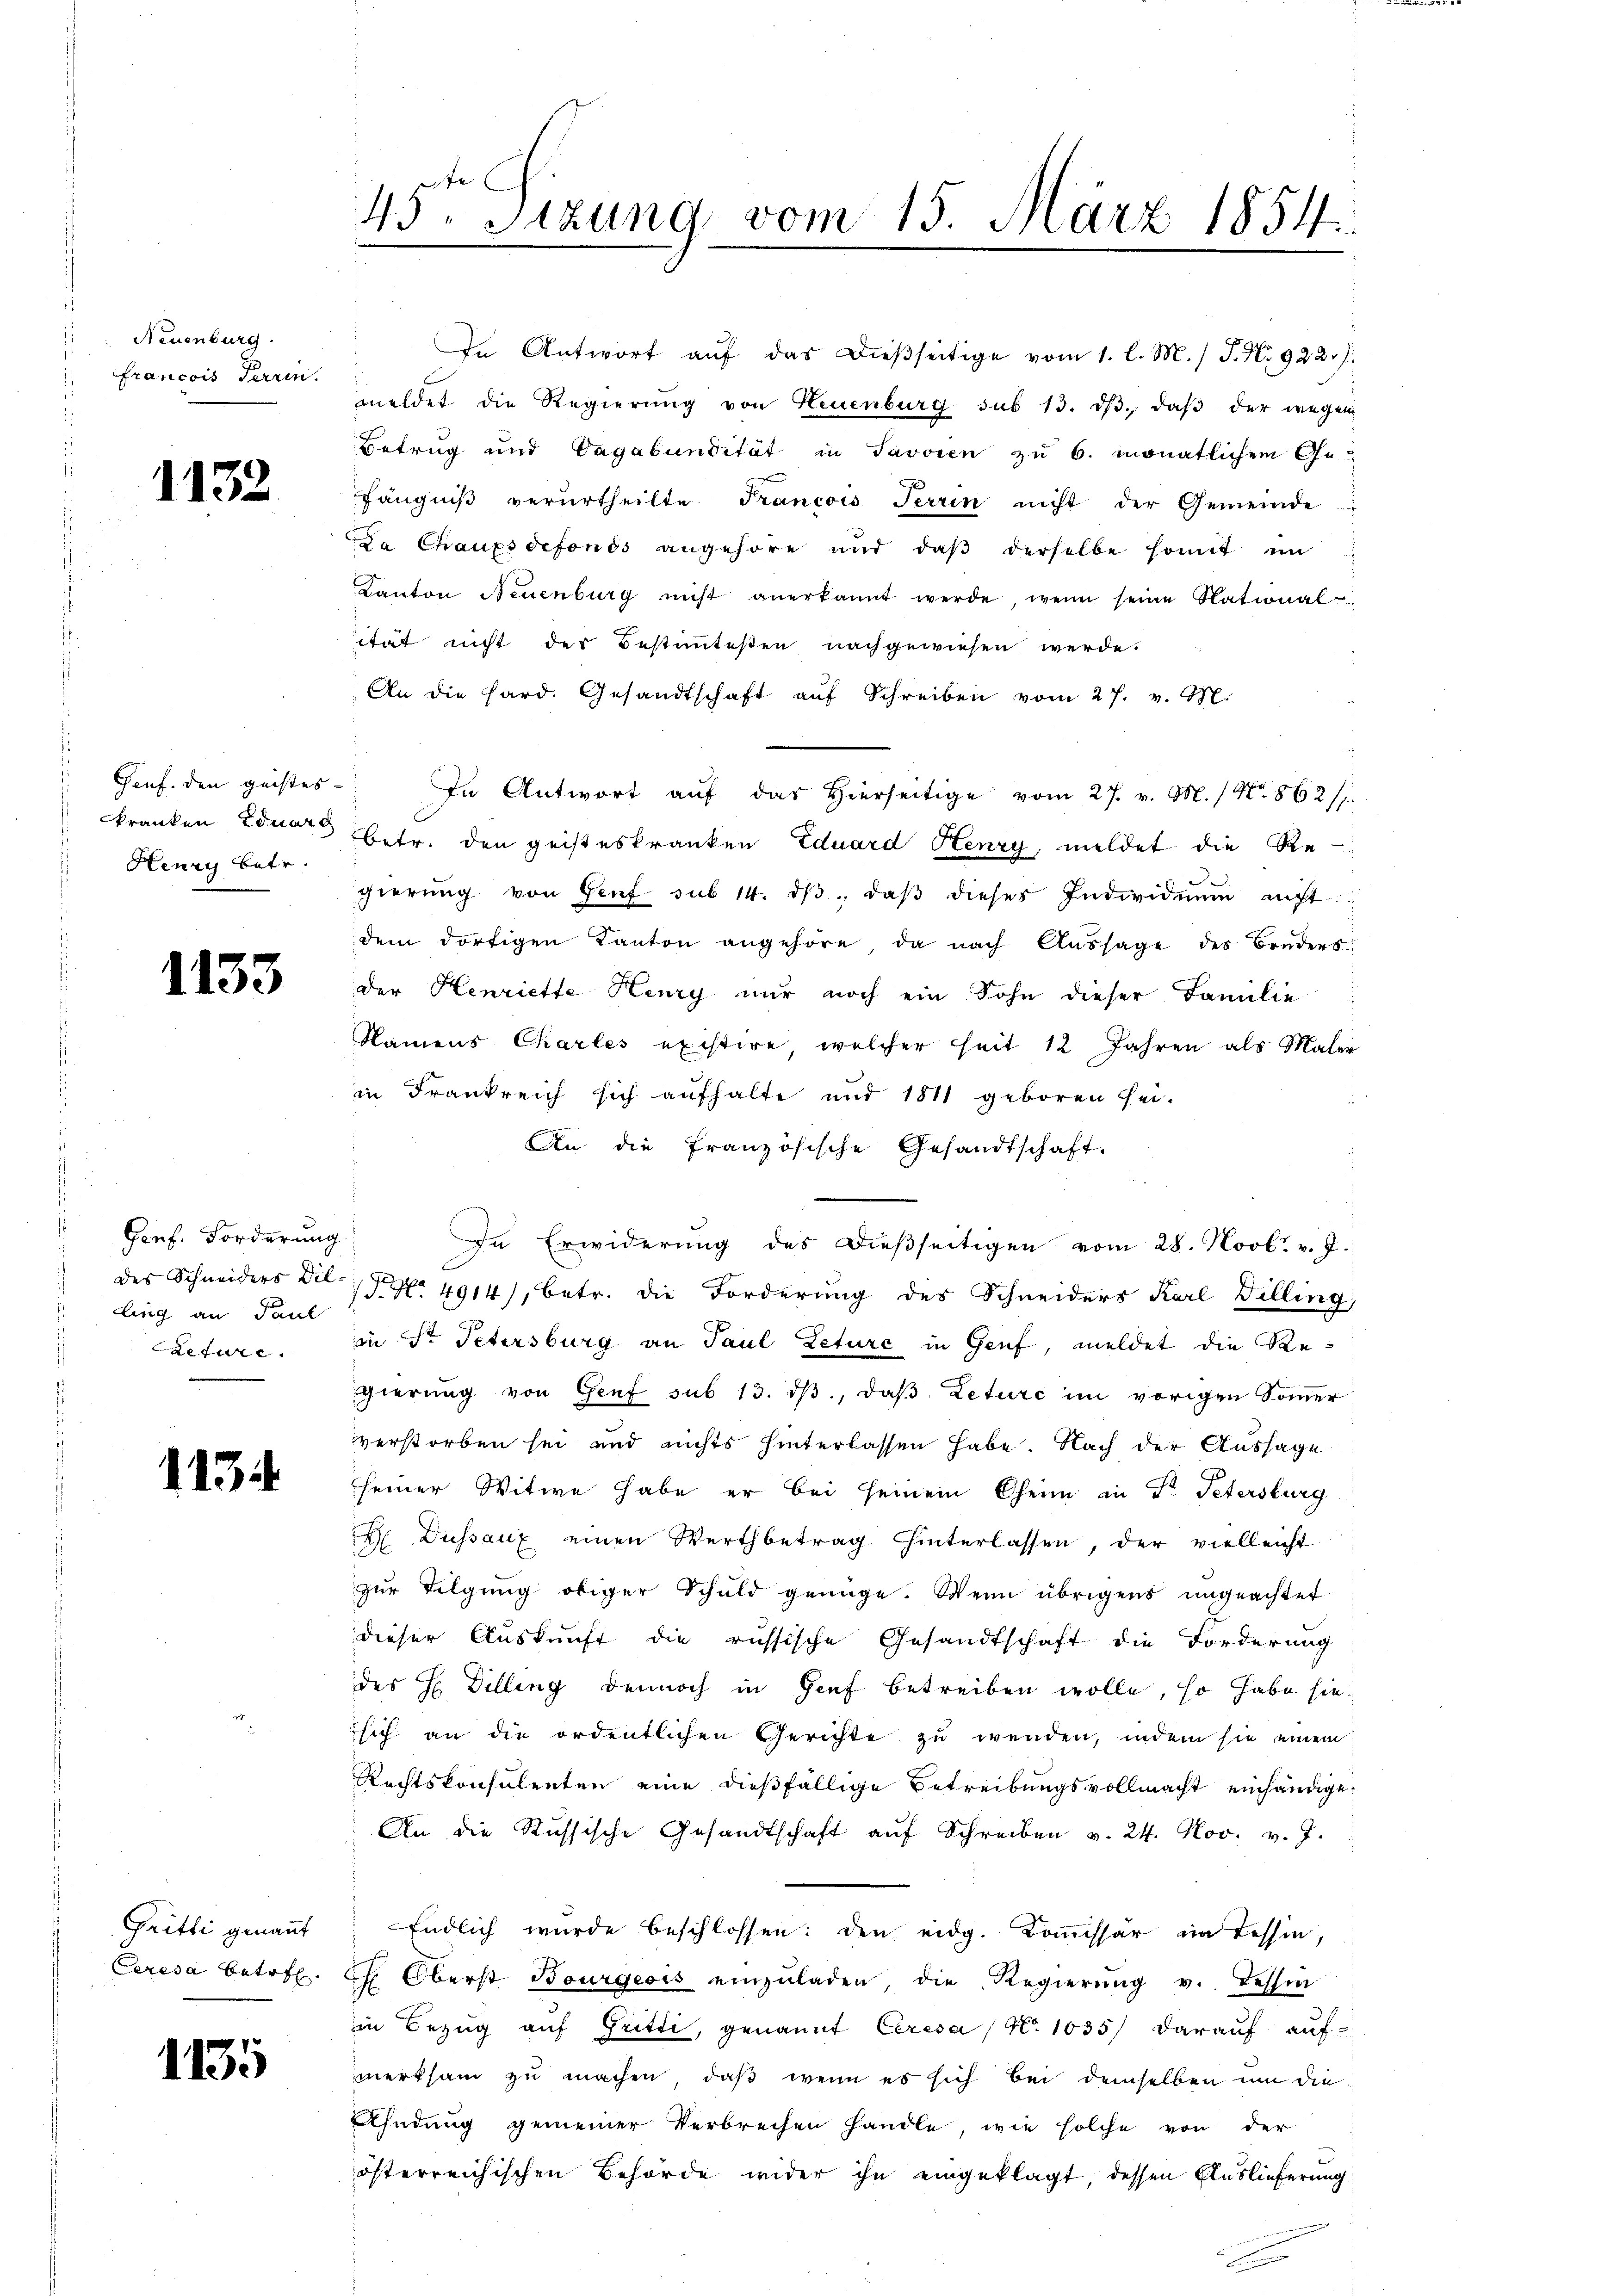
Neuenburg.
francois Terzen.

1132

s
Genf. den geistes-
kranken Eduard
Henry betr.

1133

Genf. Forderung
ling an Paul
aedire

1134

Gritti genannt
Ceresa betref

1135

45ten Sizung vom 15. März 1854.

An die Hard. Gesandtschaft aŭf Schreiben vom 27. v. M.
In Antwort auf das hierseitige vom 27. v. M. / No. 862/7.
Betr. den geisteskranken Eduard Henry meldet die Re-
gierŭng von Genf sub 14. dβ daβ dieses Individuum acht
dem dortigen Kanton angehöre, da nach Aŭssage des Bruders
der Henriette Henry nur noch ein Sohn dieser Familie
Namens Charles existire, welcher seit 12. Jahren als Maler
in Frankreich sich aufhalte und 1811 geboren sei.
An die französische Gesandtschaft.
In Erwiderung des dießseitigen vom 28. Novbr. v. J.
des Schneiders Dil. S. 4914), betr. die Forderung des Schneiders Karl Willing
in Sr. Petersburg an Paul Leture in Genf, meldet die Regierung von Genf sub 13. dβ, daß Leturc im vorigen Sommer
verstorben sei und nichts hinterlassen habe. Nach der Aussage
seiner Witwe habe er bei seinem Oheim in Str. Petersburg
H. Diessaux einen Wertbetrag hinterlassen, der vielleicht
zur Tilgung obiger Schuld genüge. Wenn übrigens ungeachtet
dieser Auskunft die russische Gesandtschaft die Forderung
des H Dilling dennoch in Genf betreiben wolle, so habe sie
sich an die ordentlichen Gerichte zu werden, indem sie einem
Rechtskonsulenten eine dießfällige Betreibungsvollmacht einhändige
An die Russische Gesandtschaft aŭf Schreiben v. 24. Nov. v. J.
Endlich wurde beschlossen: den eidg. Kommissär im Tessin,
 Oberst Bourgeois einzŭladen, die Regierŭng v. Tessin
in Bezug auf Gritti, genannt Ceresa / No. 1035/ darauf auf
merksam zu machen, daß wenn es sich bei demselben um die
hndung gemeiner Verbrechen handle, wie solche von der
österreichischen Behörde wider ihn eingeklagt, dessen Eluslieferung

In Antwort aŭf das dieβseitige vom 1. l. M.) J. N. 922 f.
meldet die Regierŭng von Neuenburg sub 13. dβ. daβ der wegen
Betrug und Vagabundität in Savoren zu 6. monatlichem Gefängniß verurtheilte Francois Terrin nicht der Gemeinde
a Chauxsdefonds angehöre und daβ derselbe somit im
Kanton Neuenburg nicht anerkannt werde, wenn seine Stational
ität nicht der Bestimmtesten nachgewiesen werde.